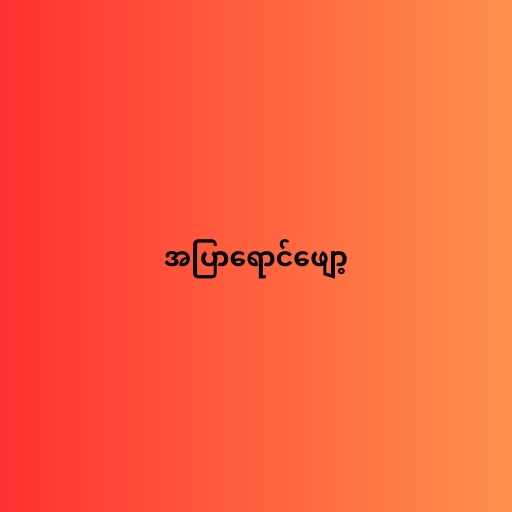
အပြာရောင်ဖျော့